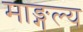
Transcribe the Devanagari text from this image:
माङ्गल्य